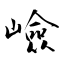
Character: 嶮